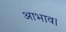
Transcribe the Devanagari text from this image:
आभाव।